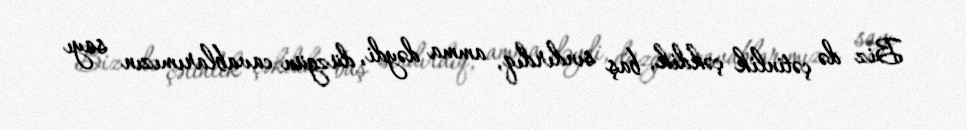
Biz də çətinlik çəkdik, baş sındırdıq, amma dəydi, düzgün cavablarımızın sayı